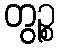
တွဉ္စ